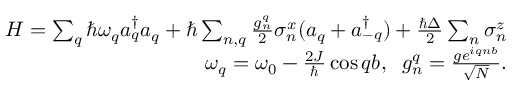
\begin{array} { r l r } & { } & { H = \sum _ { q } \hbar \omega _ { q } a _ { q } ^ { \dagger } a _ { q } + \hbar \sum _ { n , q } \frac { g _ { n } ^ { q } } { 2 } \sigma _ { n } ^ { x } ( a _ { q } + a _ { - q } ^ { \dagger } ) + \frac { \hbar \Delta } { 2 } \sum _ { n } \sigma _ { n } ^ { z } } \\ & { } & { \omega _ { q } = \omega _ { 0 } - \frac { 2 J } { \hbar } \cos q b , \; \; g _ { n } ^ { q } = \frac { g e ^ { i q n b } } { \sqrt { N } } . } \end{array}